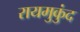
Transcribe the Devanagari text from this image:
रायमुकुंद